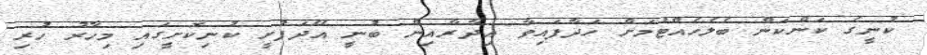
ކުނީގެ ކަންކަން ބެލެހެއްޓުމަށް ހަދާފައިވާ އިދާރާއިން ބުނީ އޭދަފުށީ ކުނިކޮށީގައި މިހާރު ހުރި